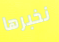
نخبرها